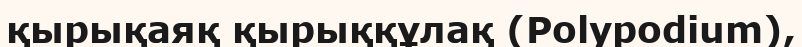
қырықаяқ қырыққұлақ (Polypodіum),